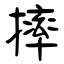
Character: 摔